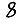
Digit: 8